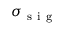
\sigma _ { \mathrm { ~ s ~ i ~ g ~ } }